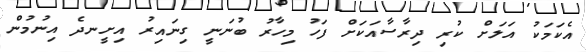
އެކަމަކު އަލަށް ކުރި ދިރާސާއަކަށް ފަހު މިހާރު ބުނަނީ ގިނައިރު އިށީނދެ އިނުމުން